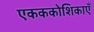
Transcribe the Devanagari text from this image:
एकककोशिकाएँ